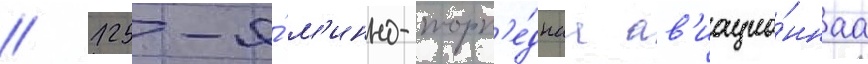
// 125-я́ м'инно-торп'е́днаа ав'иацио́ннаа